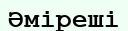
Әміреші